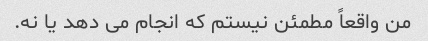
من واقعاً مطمئن نیستم که انجام می دهد یا نه.